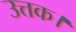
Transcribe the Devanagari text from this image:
उत्तक।